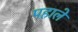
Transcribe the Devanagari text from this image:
पहाले